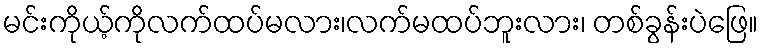
မင်းကိုယ့်ကိုလက်ထပ်မလား၊လက်မထပ်ဘူးလား၊ တစ်ခွန်းပဲဖြေ။